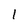
Character: l